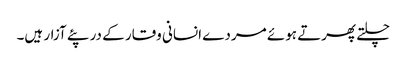
چلتے پھرتے ہوئے مردے انسانی وقار کے در پئے آزار ہیں۔